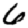
Digit: 6